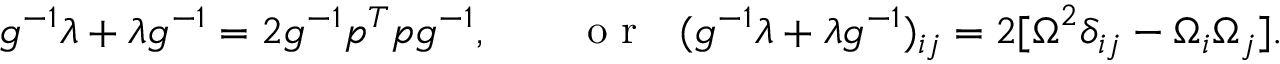
\begin{array} { r } { g ^ { - 1 } \lambda + \lambda g ^ { - 1 } = 2 g ^ { - 1 } p ^ { T } p g ^ { - 1 } , \qquad \mathrm { ~ o ~ r ~ } ~ ~ ( g ^ { - 1 } \lambda + \lambda g ^ { - 1 } ) _ { i j } = 2 [ { \boldsymbol \Omega } ^ { 2 } \delta _ { i j } - \Omega _ { i } \Omega _ { j } ] . } \end{array}